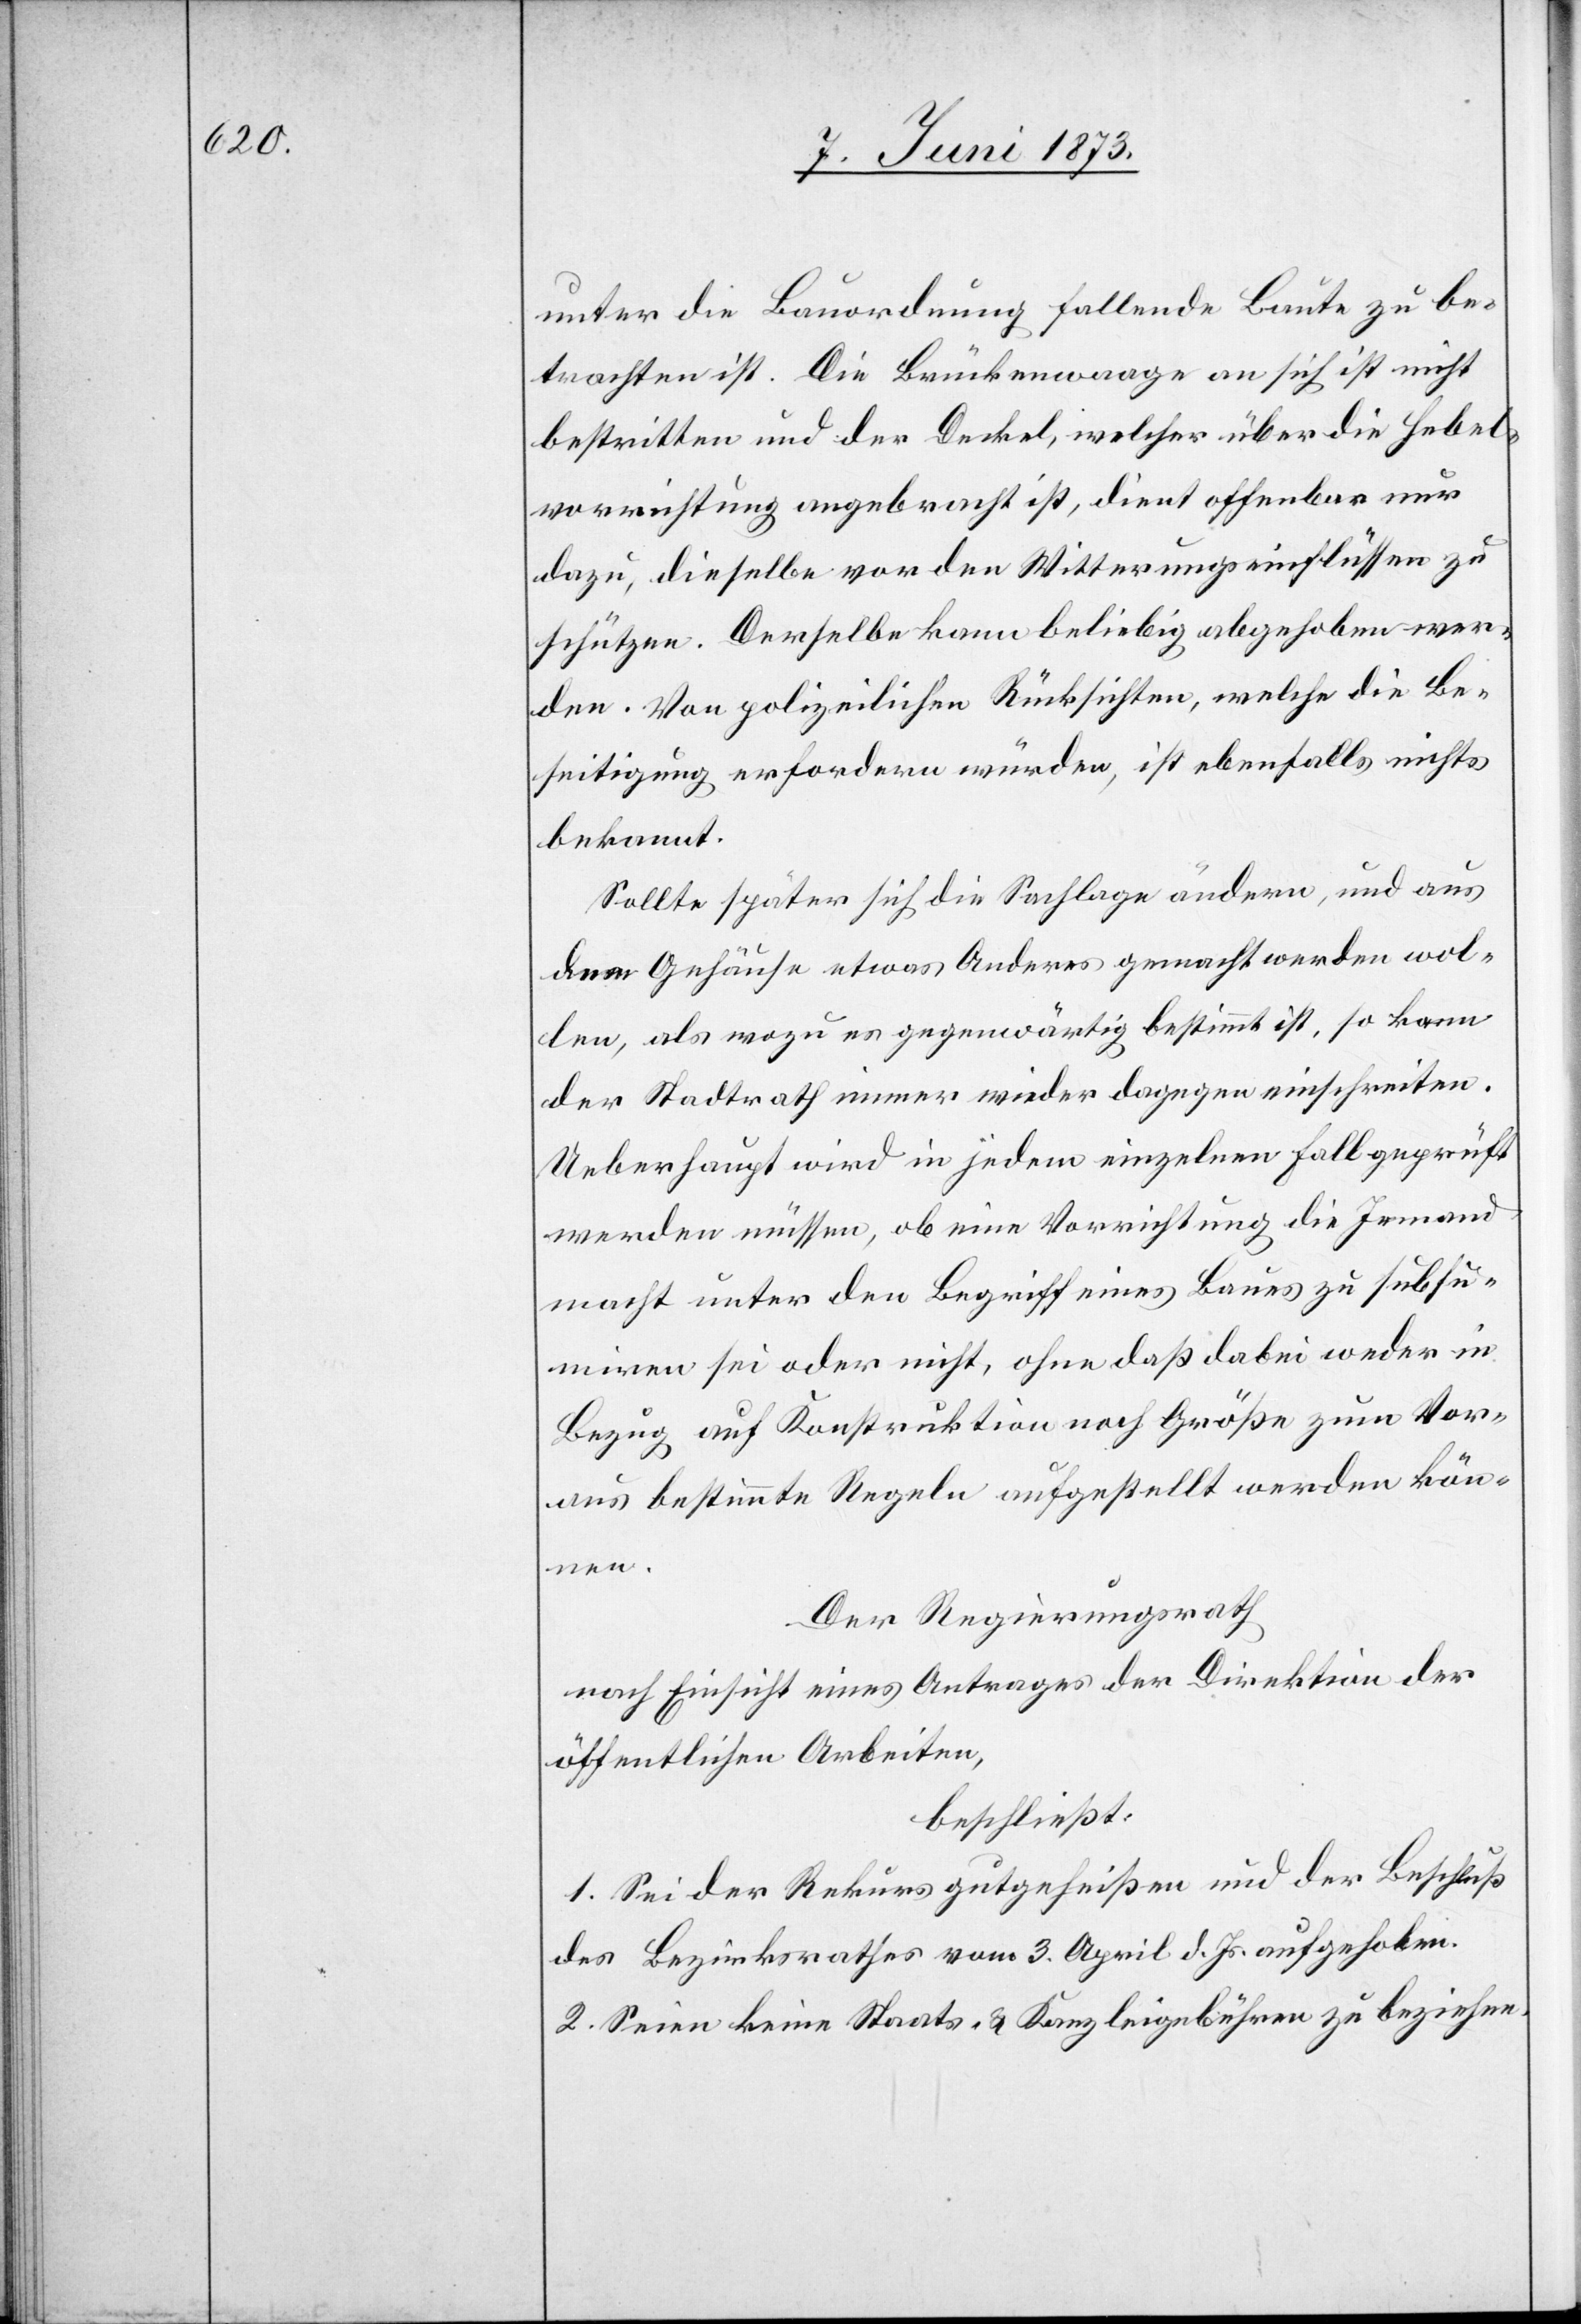
unter die Bauordnung fallende Baute zu be¬
trachten ist. Die Brückenwaage an sich ist nicht
bestritten und der Deckel, welcher über die Hebel¬
vorrichtung angebracht ist, dient offenbar nur
dazu, dieselbe vor den Witterungseinflüssen zu
schützen. Derselbe kann beliebig abgehoben wer¬
den. Von polizeilichen Rücksichten, welche die Be¬
seitigung erfordern würden, ist ebenfalls nichts
bekannt.
Sollte später sich die Sachlage ändern, und aus
dem Gehäuse etwas Anderes gemacht werden wol¬
len, als wozu es gegenwärtig bestimmt ist, so kann
der Stadtrath immer wieder dagegen einschreiten.
Ueberhaupt wird in jedem einzelnen Fall geprüft
werden müssen, ob eine Vorrichtung die Jemand
macht unter den Begriff eines Baues zu subsu¬
miren sei oder nicht, ohne daß dabei weder in
Bezug auf Konstruktion noch Größe zum Vor¬
aus bestimmte Regeln aufgestellt werden kön¬
nen.
Der Regierungsrath
nach Einsicht eines Antrages der Direktion der
öffentlichen Arbeiten,
beschließt:
1. Sei der Rekurs gutgeheißen und der Beschluß
des Bezirksrathes vom 3. April d. Js. aufgehoben.
2. Seien keine Staats- & Kanzleigebühren zu beziehen.